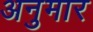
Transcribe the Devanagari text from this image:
अनुमार